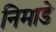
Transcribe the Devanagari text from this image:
निमाडे